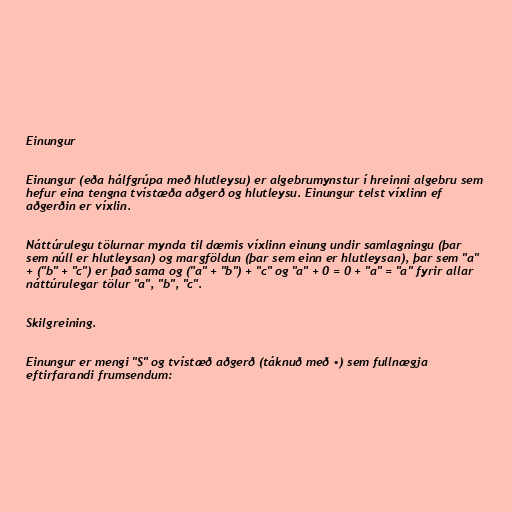
Einungur

Einungur (eða hálfgrúpa með hlutleysu) er algebrumynstur í hreinni algebru sem
hefur eina tengna tvístæða aðgerð og hlutleysu. Einungur telst víxlinn ef
aðgerðin er víxlin.

Náttúrulegu tölurnar mynda til dæmis víxlinn einung undir samlagningu (þar
sem núll er hlutleysan) og margföldun (þar sem einn er hlutleysan), þar sem "a"
+ ("b" + "c") er það sama og ("a" + "b") + "c" og "a" + 0 = 0 + "a" = "a" fyrir allar
náttúrulegar tölur "a", "b", "c".

Skilgreining.

Einungur er mengi "S" og tvístæð aðgerð (táknuð með •) sem fullnægja
eftirfarandi frumsendum: